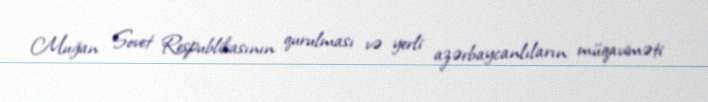
Muğan Sovet Respublikasının qurulması və yerli azərbaycanlıların müqaviməti